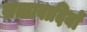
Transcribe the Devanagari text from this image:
सत्तावादियों